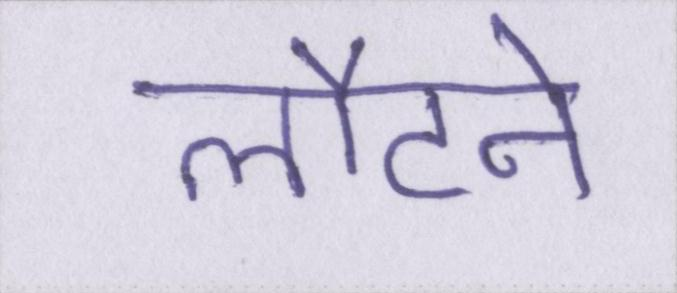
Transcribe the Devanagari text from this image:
लौटने